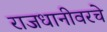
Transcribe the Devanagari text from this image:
राजधानीवरचे